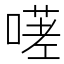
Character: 𭊋